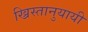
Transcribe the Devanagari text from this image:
ख्रिस्तानुयायी